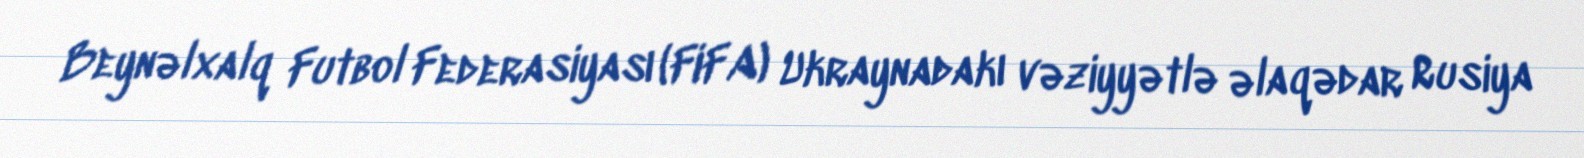
Beynəlxalq Futbol Federasiyası (FIFA) Ukraynadakı vəziyyətlə əlaqədar Rusiya